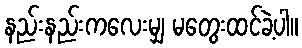
နည်းနည်းကလေးမျှ မတွေးထင်ခဲ့ပါ။